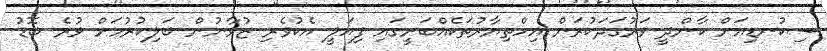
ސިކުނޑިއަށް ކާންދީ ވަރުގަދަކުރަން އިހްތިޔާރުތަކެއްބަށީގައި ފިއަލީ އެކުވެރި ޒުވާނުން ބަލިކުރުމަށް ވުރެ ބޮޑު